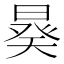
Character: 𣉉